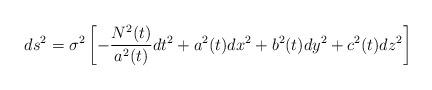
LaTeX: \begin{align*}ds^2=\sigma^2\left[-\frac{N^2(t)}{a^2(t)}dt^2 + a^2(t)dx^2 +b^2(t)dy^2+c^2(t)dz^2\right]\end{align*}